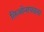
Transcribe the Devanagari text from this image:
लिओनायडला